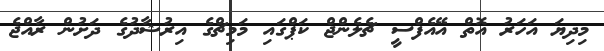
މިދިޔަ އަހަރު އޮތް އޭއެފްސީ ޗެލެންޖް ކަޕްގައި މަމިޗްގެ އިރުޝާދުގެ ދަށުން ރާއްޖެ